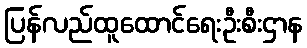
ပြန်လည်ထူထောင်ရေးဦးစီးဌာန